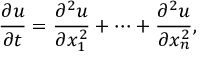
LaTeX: { \frac { \partial u } { \partial t } } = { \frac { \partial ^ { 2 } u } { \partial x _ { 1 } ^ { 2 } } } + \cdots + { \frac { \partial ^ { 2 } u } { \partial x _ { n } ^ { 2 } } } ,